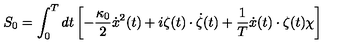
S _ { 0 } = \int _ { 0 } ^ { T } d t \left[ - \frac { \kappa _ { 0 } } { 2 } \dot { x } ^ { 2 } ( t ) + i \zeta ( t ) \cdot \dot { \zeta } ( t ) + \frac { 1 } { T } \dot { x } ( t ) \cdot \zeta ( t ) \chi \right]